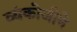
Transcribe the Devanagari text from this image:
व्यंकोजीने